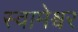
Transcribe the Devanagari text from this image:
स्वामेश्वर